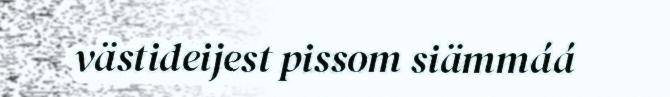
västideijest pissom siämmáá